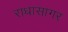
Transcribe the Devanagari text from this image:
राधासागर